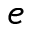
e